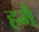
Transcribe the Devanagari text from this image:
हमै